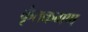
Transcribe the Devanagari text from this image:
कृंतकगण